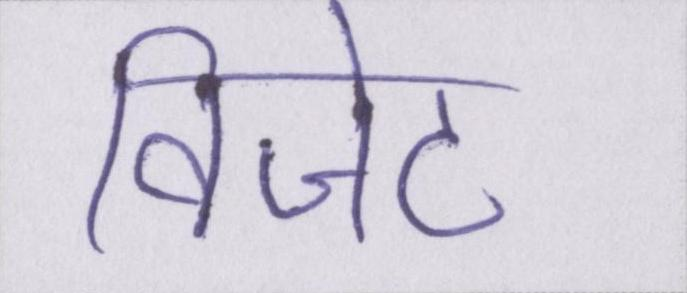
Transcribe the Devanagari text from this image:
विजेट